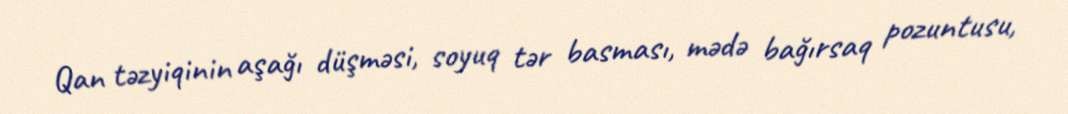
Qan təzyiqinin aşağı düşməsi, soyuq tər basması, mədə bağırsaq pozuntusu,